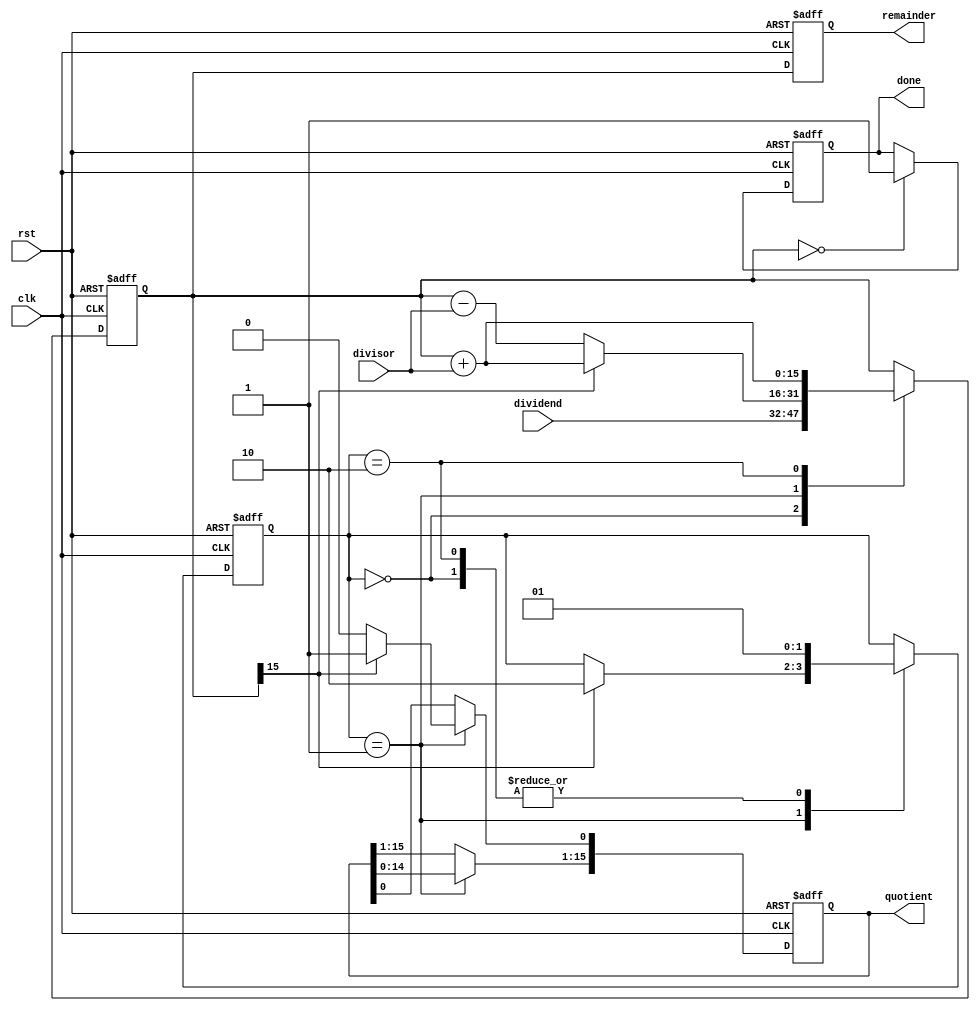
module non_restoring_divider (
    input wire clk,
    input wire rst,
    input wire [15:0] dividend,
    input wire [15:0] divisor,
    output reg [15:0] quotient,
    output reg [15:0] remainder,
    output reg done
);

reg [1:0] state;
reg [15:0] partial_remainder;

always @(posedge clk or posedge rst) begin
    if (rst) begin
        state <= 2'b00;
        partial_remainder <= 16'b0;
        quotient <= 16'b0;
        remainder <= 16'b0;
        done <= 0;
    end else begin
        case (state)
            2'b00: begin // initialization state
                partial_remainder <= dividend;
                state <= 2'b01;
            end
            2'b01: begin // division operation state
                if (partial_remainder[15]) begin
                    partial_remainder <= partial_remainder + divisor;
                    quotient <= quotient << 1;
                    quotient[0] <= 1;
                end else begin
                    partial_remainder <= partial_remainder - divisor;
                    quotient <= quotient << 1;
                    quotient[0] <= 0;
                end
                if (partial_remainder[15]) begin
                    state <= 2'b10;
                end
            end
            2'b10: begin // correction state
                partial_remainder <= partial_remainder + divisor;
                state <= 2'b01;
            end
        endcase
        if (partial_remainder == 16'b0) begin
            done <= 1;
        end
        remainder <= partial_remainder;
    end
end

endmodule